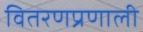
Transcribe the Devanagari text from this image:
वितरणप्रणाली